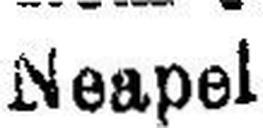
Neapel